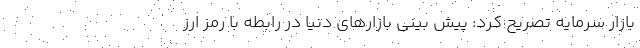
بازار سرمایه تصریح کرد: پیش بینی بازار‌های دنیا در رابطه با رمز ارز